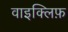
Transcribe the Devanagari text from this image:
वाइक्लिफ़